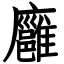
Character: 廱